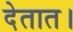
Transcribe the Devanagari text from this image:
देतात।